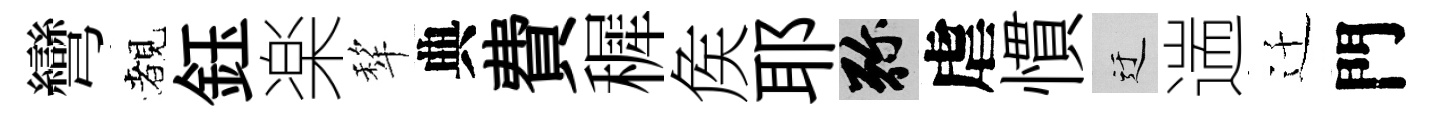
彎覩鈺楽犂典費穉矦耶弥虐慣迂遄迁門